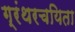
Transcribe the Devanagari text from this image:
ग्रंथरचयिता